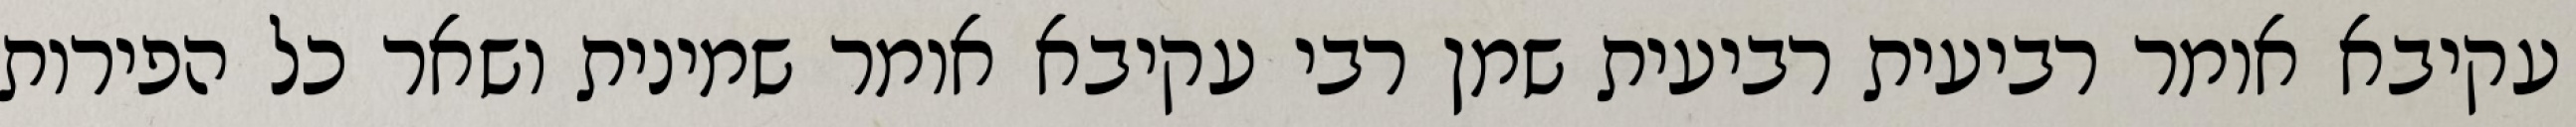
עקיבא אומר רביעית רביעית שמן רבי עקיבא אומר שמינית ושאר כל הפירות